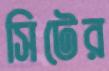
সিটের